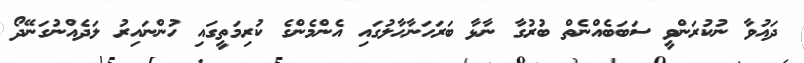
ދައުވާ ނުކުރަންވީ ސަބަބެއްނެތް ބުރުގާ ނާޅާ ބަރަހަނާޙާލުގައި އެންމެންގެ ކުރިމަތީގައި ހުންނައިރު ލަދެއްނުގަނޭދޯ